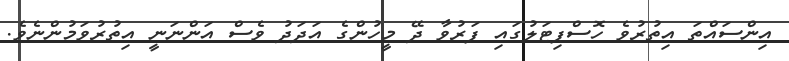
އިންސައްތަ އިތުރުވެ ހޮސްޕިޓަލުގައި ފަރުވާ ދޭ މީހުންގެ އަދަދު ވެސް އަންނަނީ އިތުރުވަމުންނެވެ.